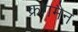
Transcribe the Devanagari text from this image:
क्रगमैन